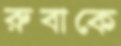
রুবাকে